Ambla_Vallakohus, lk 4
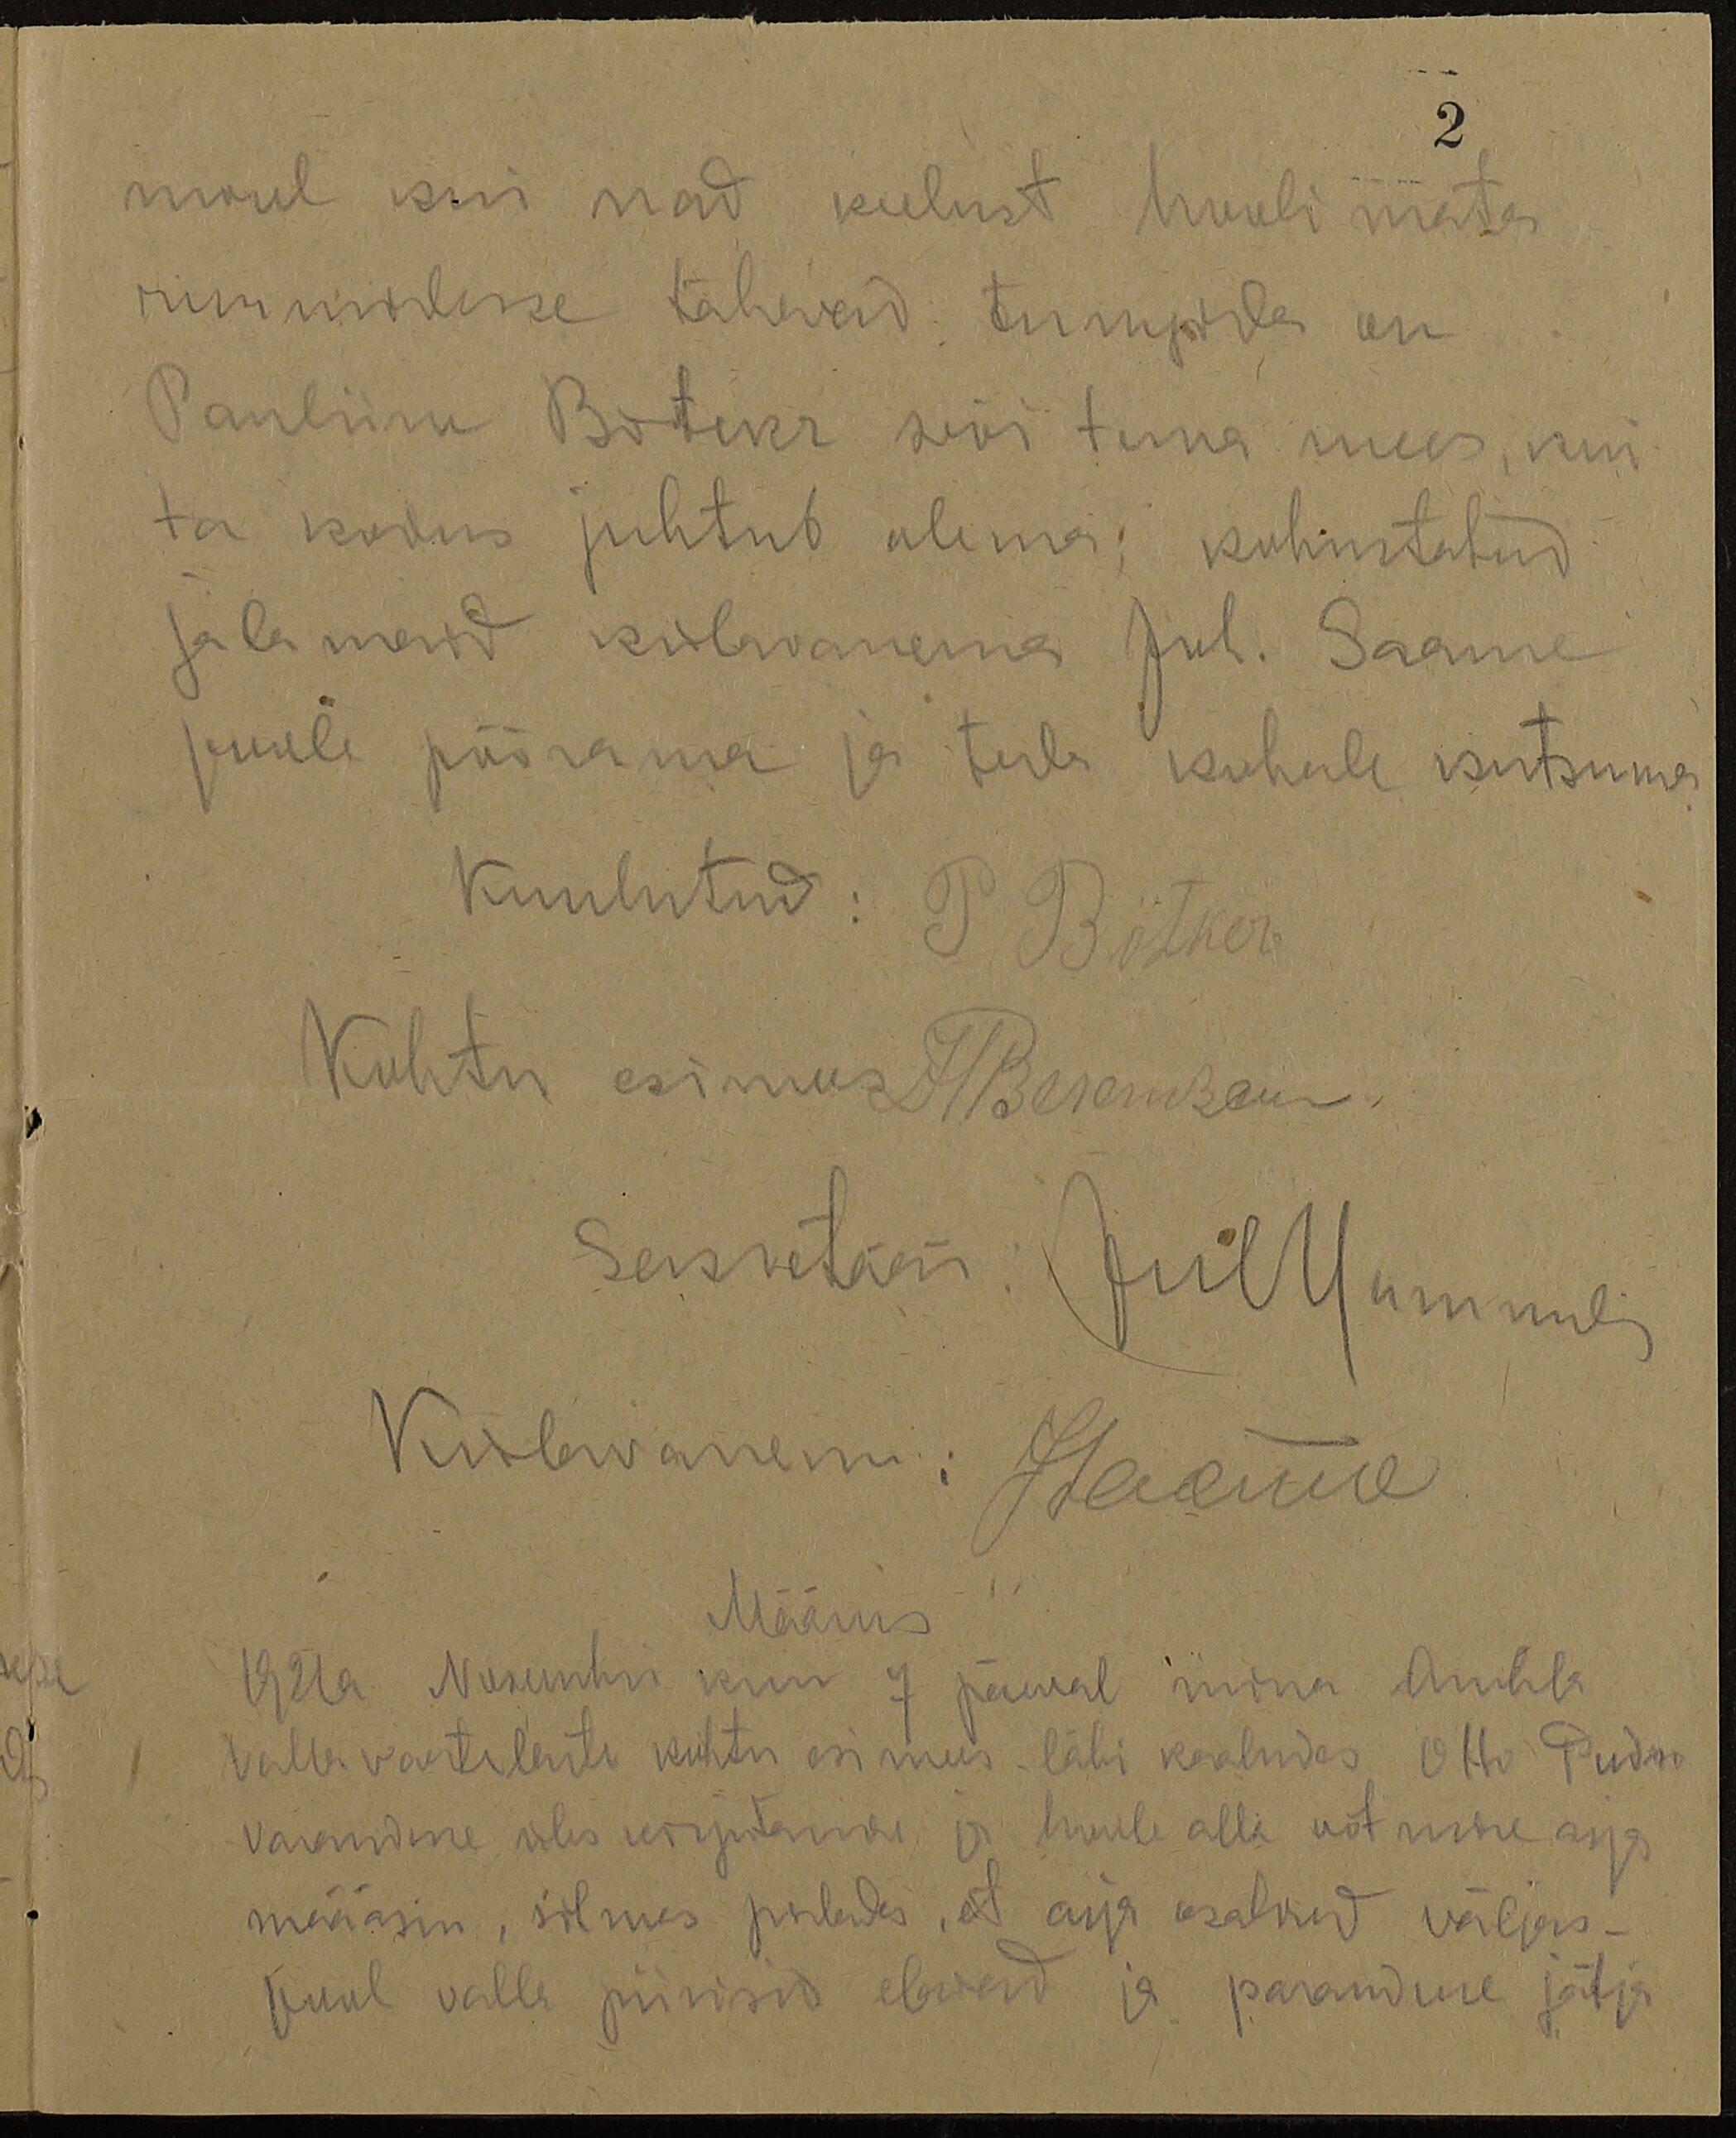
2

mul kui nad kulust hoolimata
ruumidesse tahawad tunngida on
Pauliine Botckr wõi tema mees, kui
ta kodus juhtub olema; kohustatud
jalamaid külavanema Jul. Saame
poole pöörama ja teda kohale kutsuma
Kuulutud: P. Bötker
Kohtu esimees Fäeremsem
sekretär: JulHummel
Külawanem: Jaama
Määrus
1921 a Novembri kuu 7 päewal mina Ambla
Valla vaestelaste kohtu esimees läbi kaaludes Otto Pudro
varanduse üles kirjutamas ja hoole alla võtmise asjas
määrasin, silmes pidades, et asja osalised väljas-
pool valla piirisid elawad ja paranduse jätja